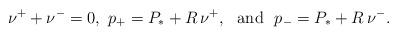
LaTeX: \begin{align*}\nu^{+}+ \nu^{-}= 0,\ p_{+}= P_{*} + R\,\nu^{+},\ \mbox{ and }\ p_{-}= P_{*} + R\,\nu^{-}.\end{align*}